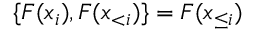
\{ F ( x _ { i } ) , F ( \boldsymbol x _ { < i } ) \} = F ( \boldsymbol x _ { \le i } )